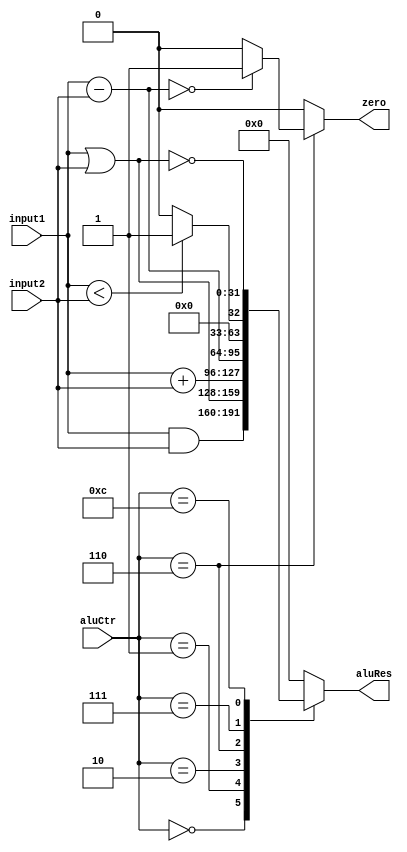
module Alu_5(
    input [31:0] input1,
    input [31:0] input2,
    input [3:0] aluCtr,
    output reg zero,
    output reg [31:0] aluRes
    );
	 always @(input1 or input2 or aluCtr)
	 begin
	 case(aluCtr)
	   'b0000:	
		begin
		aluRes = input1 & input2;
		zero = 0;
		end
		'b0001:  
		begin
		aluRes = input1 | input2;
		zero = 0;
		end
		'b0010:  
		begin
		aluRes = input1 + input2;
		zero = 0;
		end
		'b0110:  
		begin
			aluRes = input1 - input2;
			if(aluRes == 0) zero = 1;
			else zero = 0;
		end
		'b0111:  
		begin
		  if(input1<input2)  
			 begin
				aluRes = 1;
				zero = 0;
			 end
		  else 
		    begin
			   aluRes = 0;
				zero = 0;
			end
		end
		'b1100:  
		begin
		aluRes = input1 | input2;
		aluRes = ~aluRes;
		zero = 0;
		end
		default:
		  begin
			aluRes = 0;
			zero = 0;
		  end
	endcase
	end
endmodule